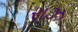
રાઝ